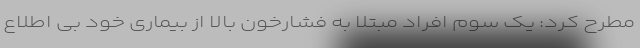
مطرح کرد: یک سوم افراد مبتلا به فشارخون بالا از بیماری خود بی اطلاع